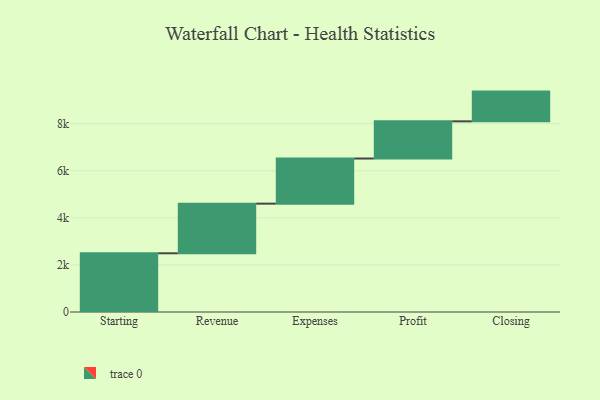
{"axis": {"x": "Step", "y": "Value"}, "legend": [""], "data": [{"x": "Starting", "y": 2494.0, "type": ""}, {"x": "Revenue", "y": 2109.0, "type": ""}, {"x": "Expenses", "y": 1917.0, "type": ""}, {"x": "Profit", "y": 1580.0, "type": ""}, {"x": "Closing", "y": 1263.0, "type": ""}]}